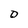
Character: D